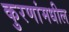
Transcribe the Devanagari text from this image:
कुरणांमधील